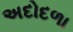
અદોદળા